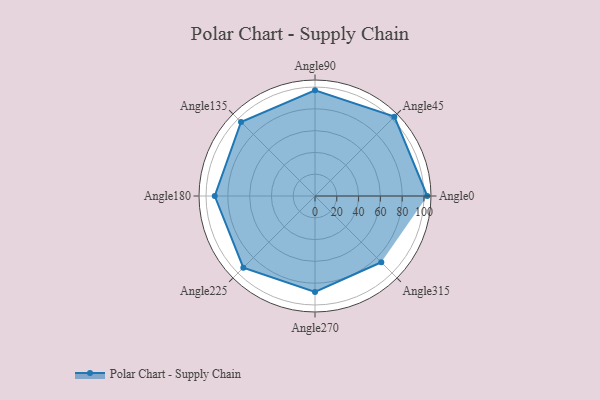
{"axis": {"x": "Angle", "y": "Radius"}, "legend": [""], "data": [{"x": "Angle0", "y": 103.0, "type": ""}, {"x": "Angle45", "y": 103.0, "type": ""}, {"x": "Angle90", "y": 97.0, "type": ""}, {"x": "Angle135", "y": 96.0, "type": ""}, {"x": "Angle180", "y": 92.0, "type": ""}, {"x": "Angle225", "y": 93.0, "type": ""}, {"x": "Angle270", "y": 88.0, "type": ""}, {"x": "Angle315", "y": 86.0, "type": ""}]}